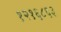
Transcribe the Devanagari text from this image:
१२१६८६३